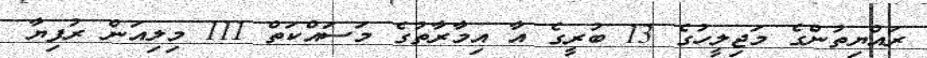
ރައްޔިތުންގެ މަޖިލީހުގެ 13 ބުރީގެ އާ އިމާރާތުގެ މަސައްކަތް 111 މިލިއަން ރުފިޔާ